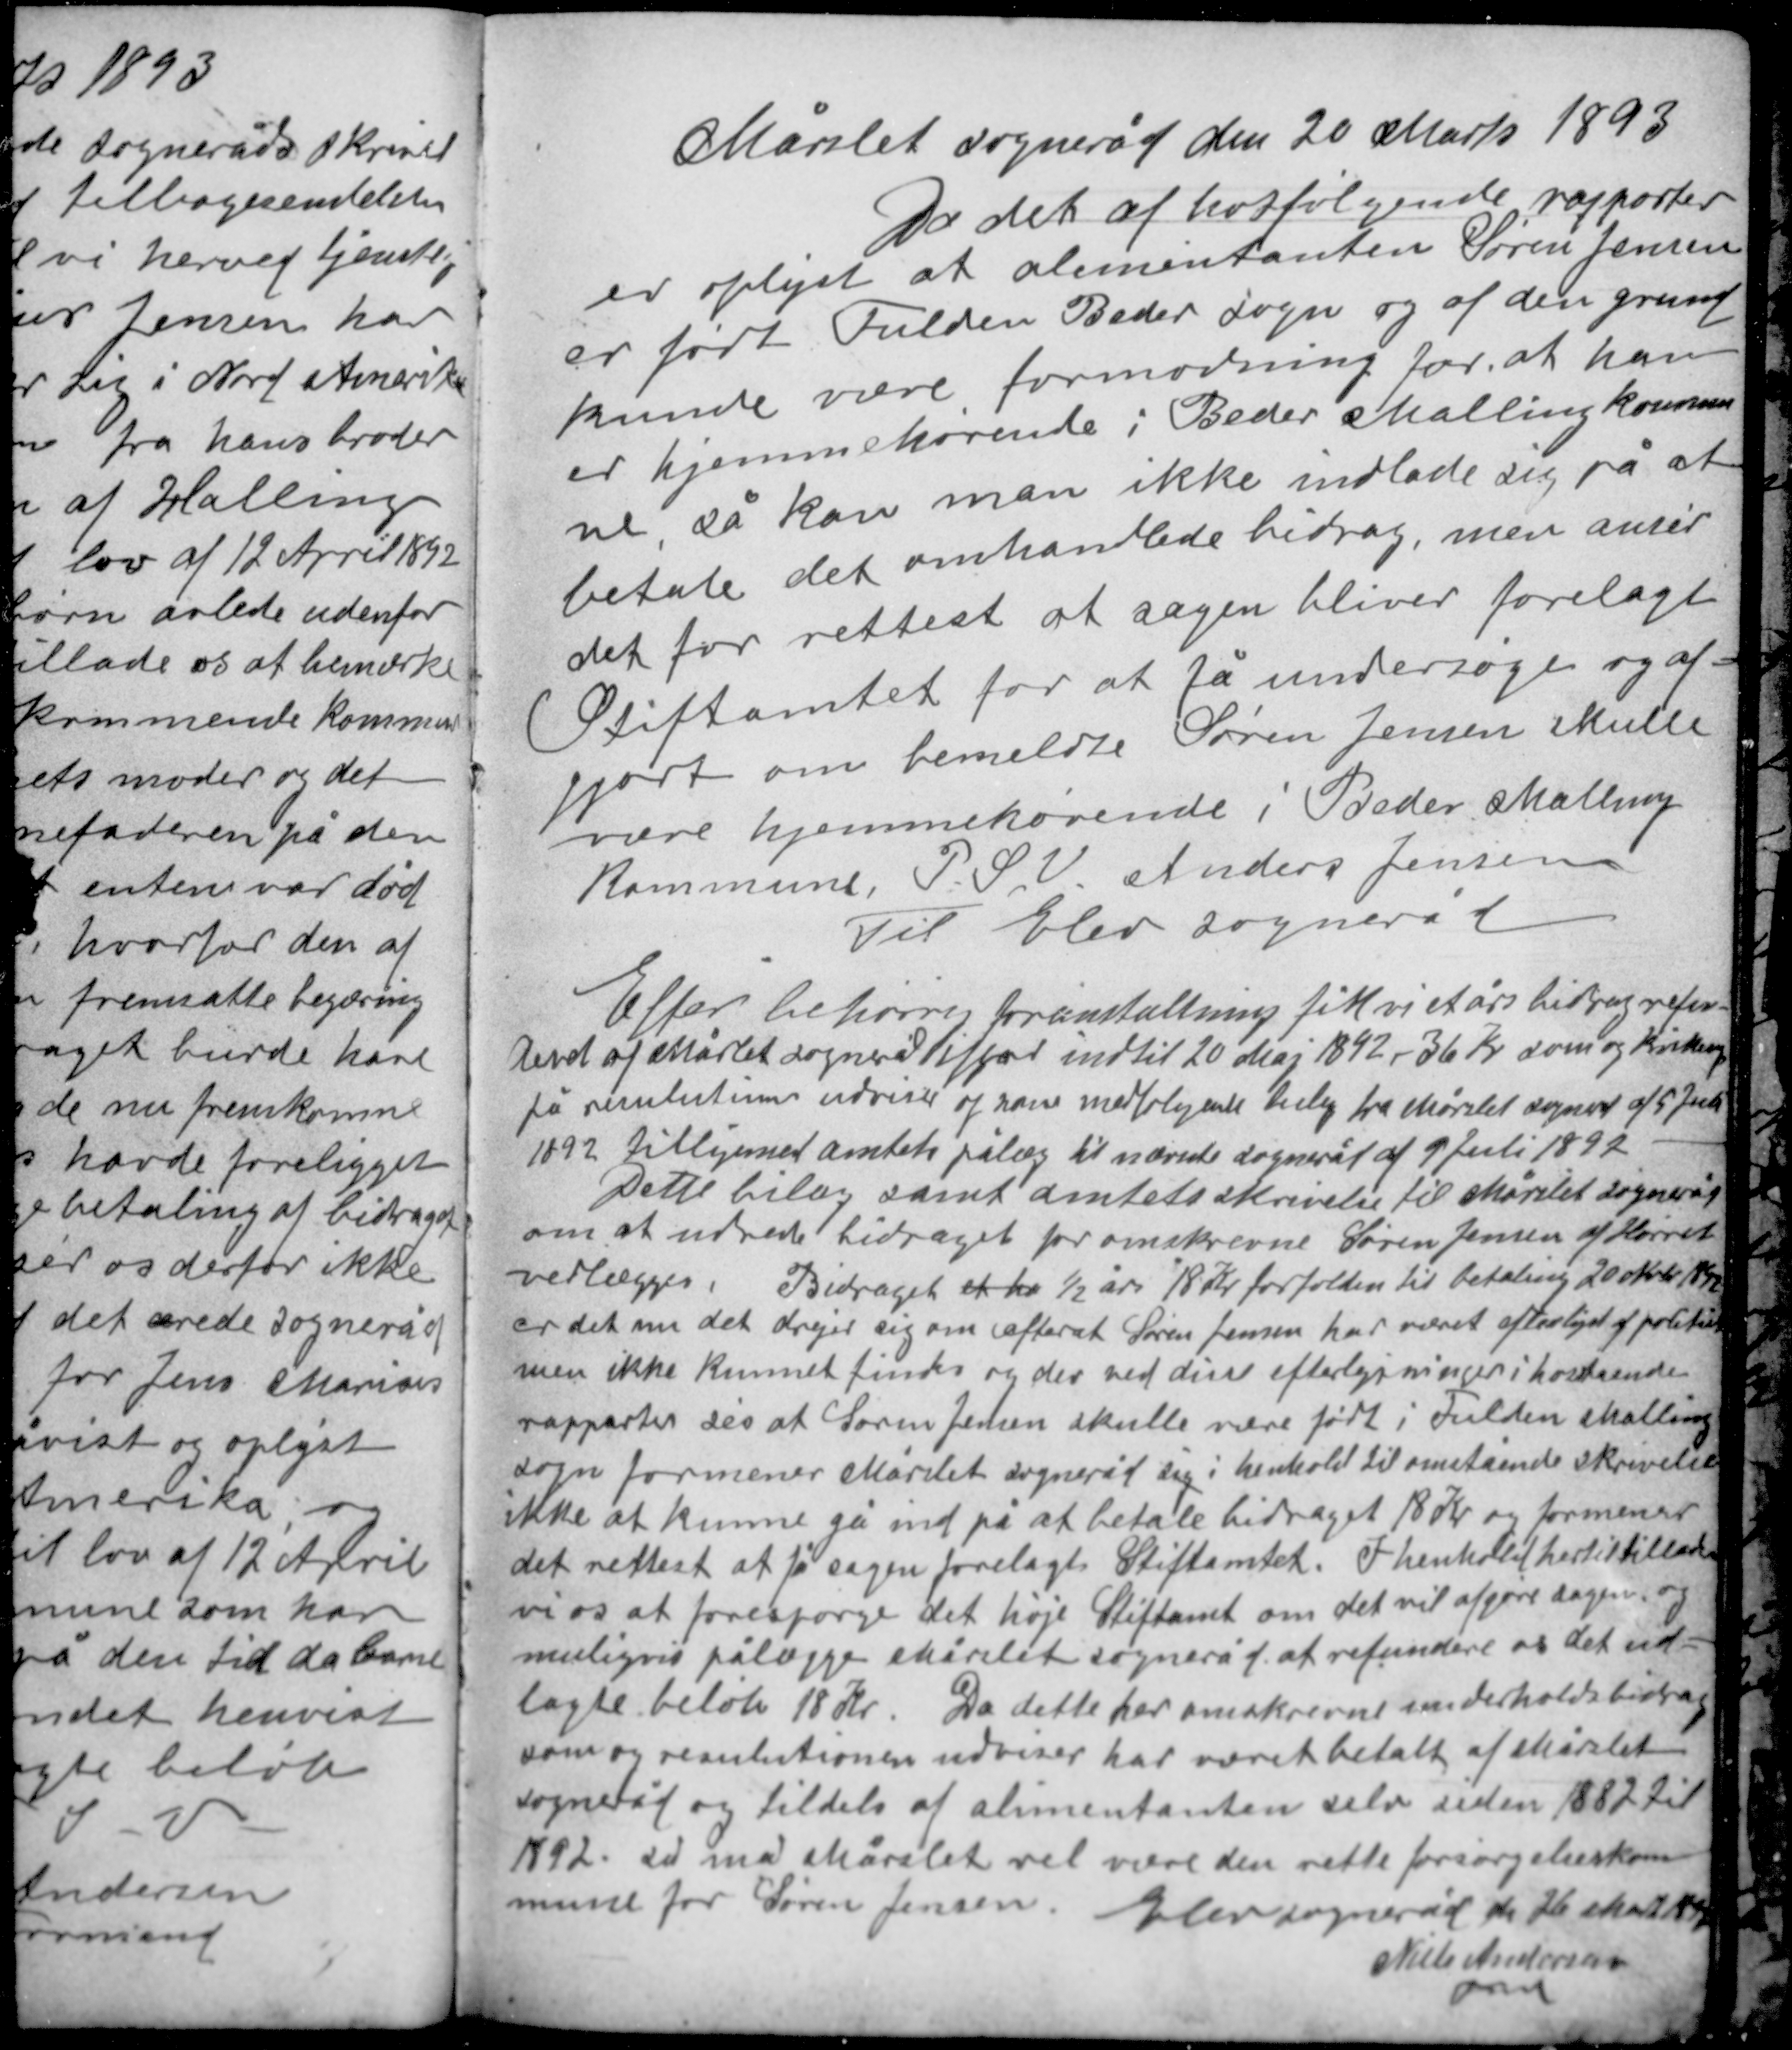
Transskription:
Mårslet sogneråd den 20 Marts 1893
Da det af hosfølgende rapporter
er oplyst at alimentanten Søren Jensen
er født Fulden Beder sogn og af den grund
kunde være formodning for at han
er hjemmehørende i Beder Malling kommu-
ne, så kan man ikke indlade sig på at
betale det omhandlede bidrag, men anser
det for rettest at sagen bliver forelagt
Stiftamtet for at få undersøgt og af-
gjort om bemeldte Søren Jensen skulle
være hjemmehørende i Beder Malling
kommune. P.S.V. Anders Jensen
Til Elev sogneråd

Efter behørrig foranstaltning fik vi et års bidrag refun-
deret af Mårslet sogneråd ifjord indtil 20 Maj 1892 - 36 Kr som og kirken
på resulutionen udviser og som medfølgende bilag fra Mårslet sogneråd af 5 Juli
1892 tilligemed amtets pålæg til nævnte sogneråd af 9 Juli 1892
Dette bilag samt amtets skrivelse til Mårslet sogneråd
om at udrede bidraget for omskrevne Søren Jensen af Hørret
vedlægges. Bidraget er ka ½ års 18 Kr forfalden til betaling 20 Nvbr 1892
er det om det drejer sig om efterat Søren Jensen har været efterlyst af politiet
men ikke kunnet findes og der ved disse efterlysninger i hosstående
rapporter ses at Søren Jensen skulle være født i Fulden Malling
sogn formener Mårslet sogneråd sig i henhold til omstående skrivelse
ikke at kunne gå ind på at betale bidraget 18 Kr og formener
det rettest at få sagen forelagt Stiftamtet. I henhold hertil tillader
vi os at forespørge det høje Stiftamt om det vil afgøre sagen og
muligvis pålægge Mårslet sogneråd at refundere os det ud-
lagte beløb 18 Kr. Da dette her omskrevne underholdsbidrag
som og resulutionen udviser har været betalt af Mårslet
sogneråd og tildels af alimentanten selv siden 1882 til
1892, så må Mårslet vel være den rette forsørgelseskom-
mune for Søren Jensen. Elev sogneråd den 26 Marts 1893
Niels Andersen
Fmd